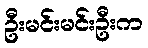
ဦးမင်းမင်းဦးက